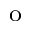
\mathrm { ^ o }